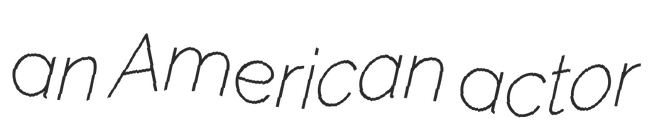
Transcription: an American actor